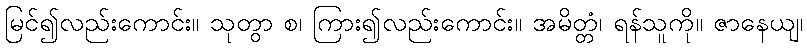
မြင်၍လည်းကောင်း။ သုတွာ စ၊ ကြား၍လည်းကောင်း။ အမိတ္တံ၊ ရန်သူကို။ ဇာနေယျ၊